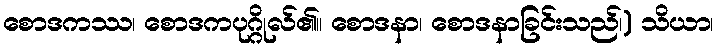
စောဒကဿ၊ စောဒကပုဂ္ဂိုလ်၏။ စောဒနာ၊ စောဒနာခြင်းသည်၊) သိယာ၊